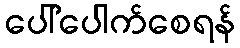
ပေါ်ပေါက်စေရန်